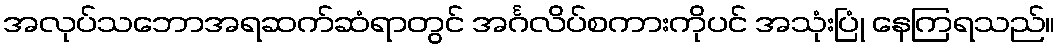
အလုပ်သဘောအရဆက်ဆံရာတွင် အင်္ဂလိပ်စကားကိုပင် အသုံးပြုံ နေကြရသည်။